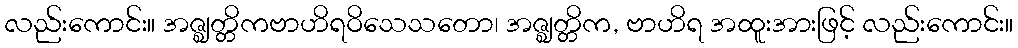
လည်းကောင်း။ အဇ္ဈတ္တိကဗာဟိရဝိသေသတော၊ အဇ္ဈတ္တိက, ဗာဟိရ အထူးအားဖြင့် လည်းကောင်း။